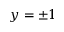
y = \pm 1